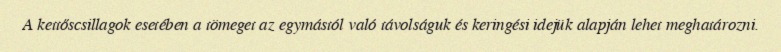
A kettőscsillagok esetében a tömeget az egymástól való távolságuk és keringési idejük alapján lehet meghatározni.